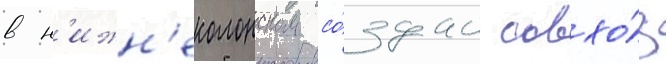
в н'ижн'еколонском со́здан совхо́з